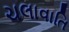
ચલાવાતિ